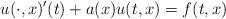
LaTeX: \begin{align*}u(\cdot,x)'(t)+a(x)u(t,x)=f(t,x)\end{align*}